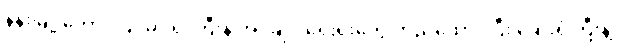
နန်းမြို့ တောင်ပြင်မှာ ရုံးကြီးနဲ့ အုပ်ချုပ်ရေးရုံးတွေ တည်ထောင်ပြီး ဆေးရုံကြီးနဲ့